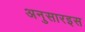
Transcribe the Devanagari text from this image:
अनुसारइस